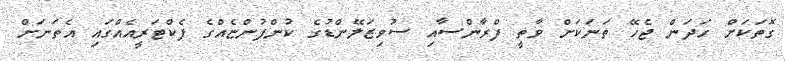
ގޮތަކަށް ހަދަން ޖެހޭ ތަނަކަށް ވާތީ ފްރާންސާއި ސުވިޒަލޭންޑުގެ ކުންފުންޏެއްގެ ފެކްޓަރީއެއްގައި އެތަނަށް